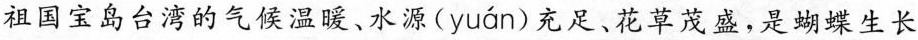
祖国宝岛台湾的气候温暖、水源( yuán )充足、花草茂盛，是蝴蝶生长